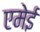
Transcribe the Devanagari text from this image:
एमेई